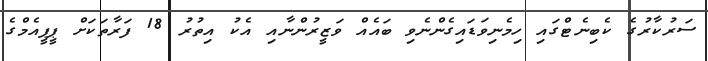
ސަރުކާރުގެ ކެބިނެޓްގައި ހިމެނިވަޑައިގެންނެވި ބައެއް ވަޒީރުންނާއި އެކު އިތުރު 18 ފަރާތަކަށް ޕީޕީއެމްގެ